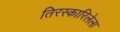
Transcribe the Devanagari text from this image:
तिरस्कारिलेला